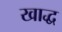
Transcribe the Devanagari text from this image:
खाद्ध